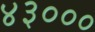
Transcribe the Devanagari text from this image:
४३०००